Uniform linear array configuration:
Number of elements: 24
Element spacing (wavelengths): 0.25
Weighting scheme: hann
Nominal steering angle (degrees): -30
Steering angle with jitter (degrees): -29.368
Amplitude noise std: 0.05
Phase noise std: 0.05

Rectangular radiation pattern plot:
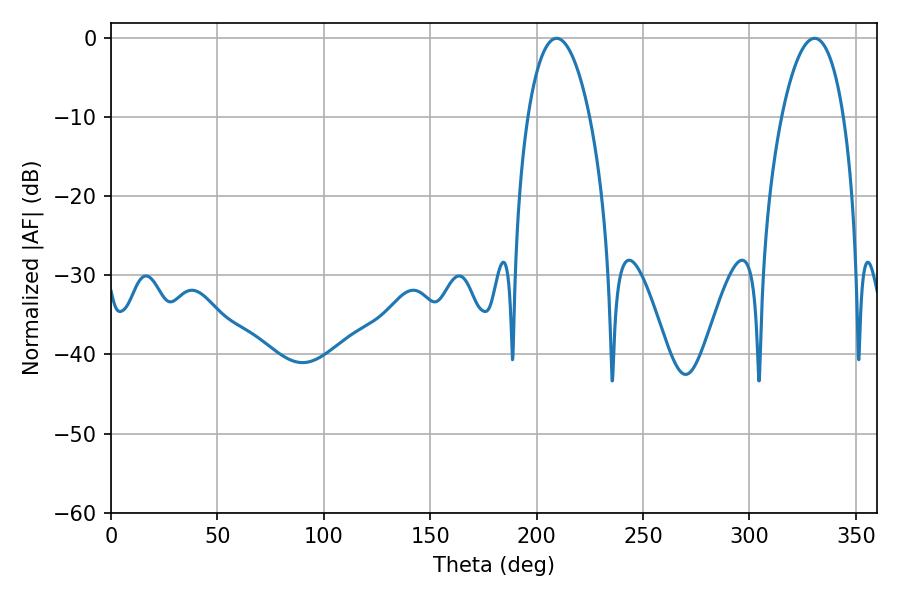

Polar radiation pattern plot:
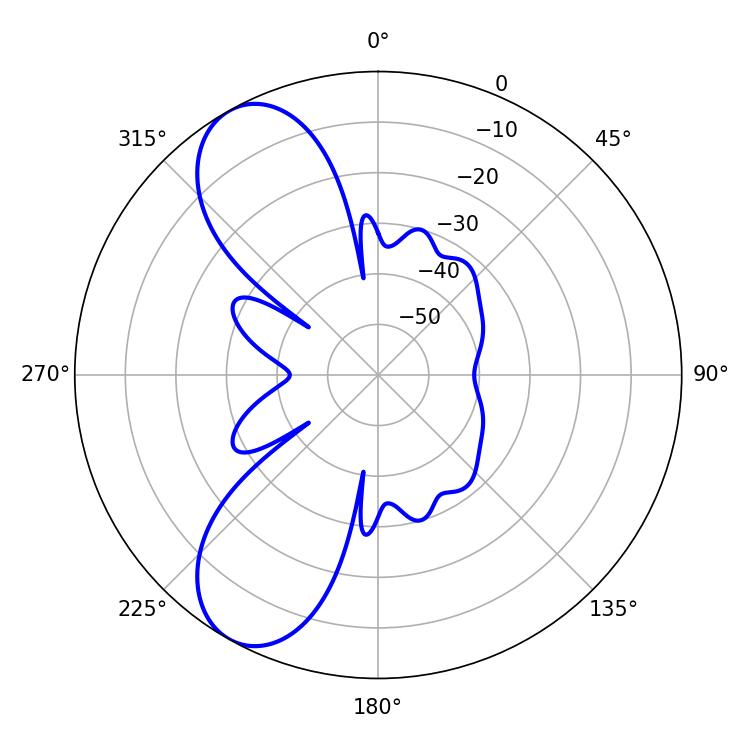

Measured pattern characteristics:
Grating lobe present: FALSE
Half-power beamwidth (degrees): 16.2
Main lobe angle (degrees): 209.34